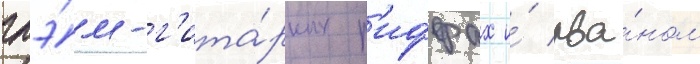
глэ́м-г'ита́рных р'иффах и́ рва́ном